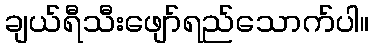
ချယ်ရီသီးဖျော်ရည်သောက်ပါ။